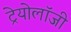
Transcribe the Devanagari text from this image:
ट्रेयोलॉजी